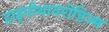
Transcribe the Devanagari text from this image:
हाइपोथायरोडिज्म